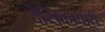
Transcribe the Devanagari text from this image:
देसिकाचारी